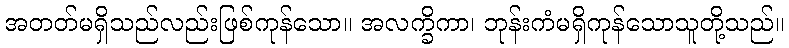
အတတ်မရှိသည်လည်းဖြစ်ကုန်သော။ အလက္ခိကာ၊ ဘုန်းကံမရှိကုန်သောသူတို့သည်။